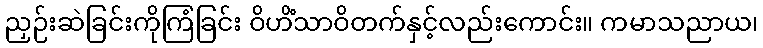
ညှဉ်းဆဲခြင်းကိုကြံခြင်း ဝိဟိံသာဝိတက်နှင့်လည်းကောင်း။ ကမာသညာယ၊